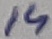
Text: 14